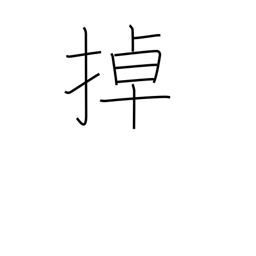
Meaning: shake & move